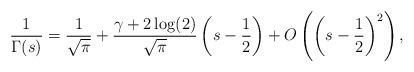
LaTeX: \begin{align*}\frac{1}{\Gamma(s)}=\frac{1}{\sqrt{\pi}}+\frac{\gamma+2\log(2)}{\sqrt{\pi}}\left(s-\frac{1}{2}\right)+O\left(\left(s-\frac{1}{2}\right)^{2}\right),\end{align*}